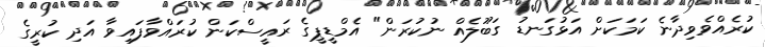
ކުރެއްވެވިދާނެ ކަމަކަށް އަޅުގަނޑު ގަބޫލެއް ނުކުރަން" އެމްޑީޕީގެ ރައީސްކަން ކުރައްވާފައިވާ އަދި ކުރީގެ